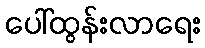
ပေါ်ထွန်းလာရေး